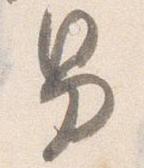
男